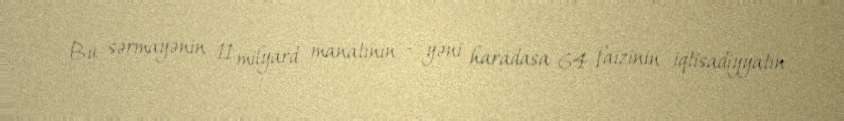
Bu sərmayənin 11 milyard manatının - yəni haradasa 64 faizinin iqtisadiyyatın